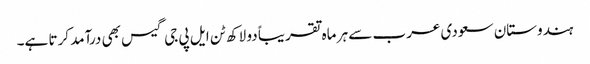
ہندوستان سعودی عرب سے ہر ماہ تقریباً دو لاکھ ٹن ایل پی جی گیس بھی درآمد کرتا ہے۔